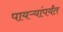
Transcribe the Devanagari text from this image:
पायऱ्यांपर्यंत